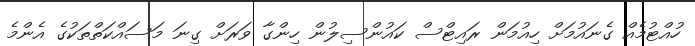
ހުއްޓުމެއް ގެނައުމަށް ހިއުމަން ރައިޓްސް ކައުންސިލުން ހިންގާ ވަރަށް ގިނަ މަސައްކަތްތަކުގެ އެންމެ